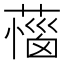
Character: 𦼝